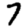
Digit: 7